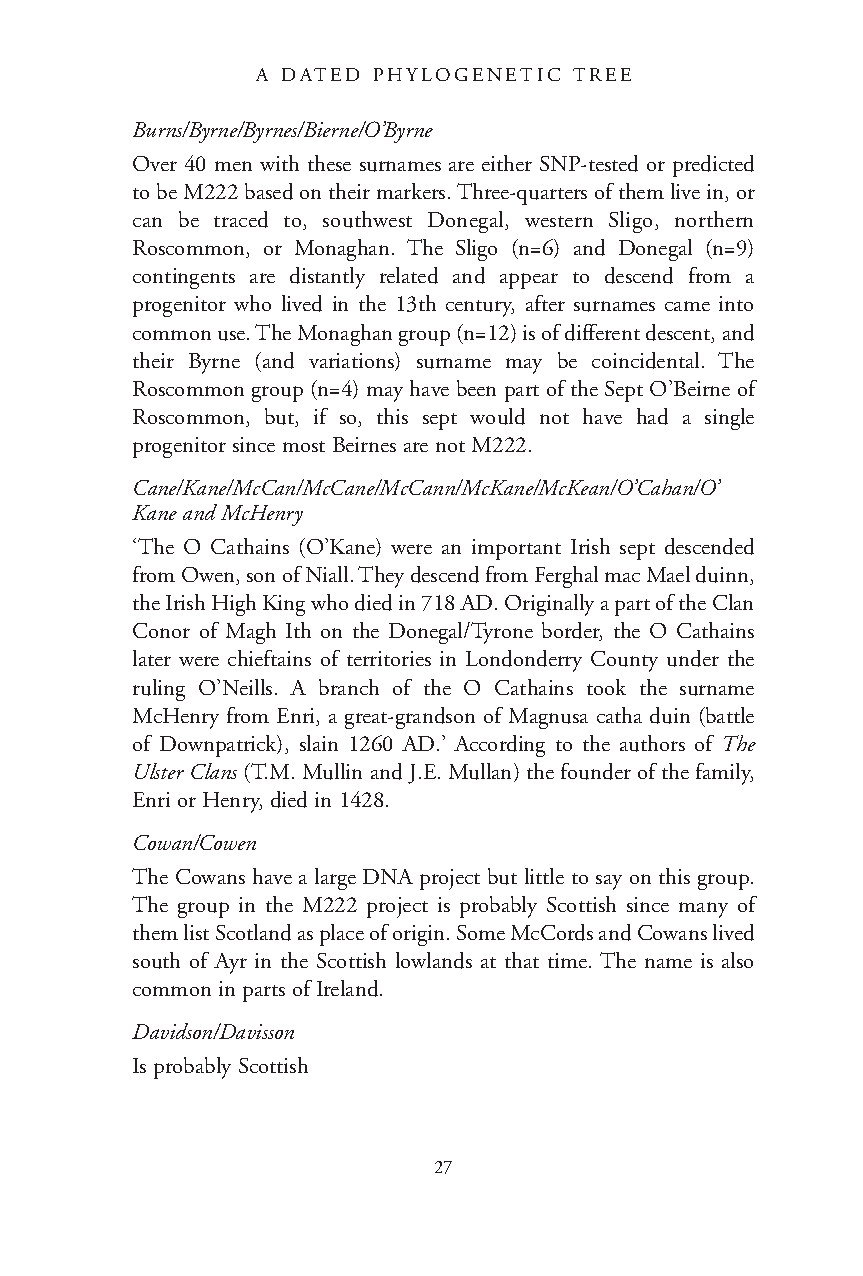
A DATED PHYLOGENETIC TREE
 Burns/Byrne/Byrnes/Bierne/O’Byrne
 Over 40 men with these surnames are either SNP-tested or predicted
 to be M222 based on their markers. Three-quarters of them live in, or
 can be traced to, southwest Donegal, western Sligo, northern
 Roscommon, or Monaghan. The Sligo (n=6) and Donegal (n=9)
 contingents are distantly related and appear to descend from a
 progenitor who lived in the 13th century, after surnames came into
 common use. The Monaghan group (n=12) is of different descent, and
 their Byrne (and variations) surname may be coincidental. The
 Roscommon group (n=4) may have been part of the Sept O’Beirne of
 Roscommon, but, if so, this sept would not have had a single
 progenitor since most Beirnes are not M222.
 Cane/Kane/McCan/McCane/McCann/McKane/McKean/O’Cahan/O’
 Kane and McHenry
 ‘The O Cathains (O’Kane) were an important Irish sept descended
 from Owen, son of Niall. They descend from Ferghal mac Mael duinn,
 the Irish High King who died in 718 AD. Originally a part of the Clan
 Conor of Magh Ith on the Donegal/Tyrone border, the O Cathains
 later were chieftains of territories in Londonderry County under the
 ruling O’Neills. A branch of the O Cathains took the surname
 McHenry from Enri, a great-grandson of Magnusa catha duin (battle
 of Downpatrick), slain 1260 AD.’ According to the authors of The
 Ulster Clans (T.M. Mullin and J.E. Mullan) the founder of the family,
 Enri or Henry, died in 1428.
 Cowan/Cowen
 The Cowans have a large DNA project but little to say on this group.
 The group in the M222 project is probably Scottish since many of
 them list Scotland as place of origin. Some McCords and Cowans lived
 south of Ayr in the Scottish lowlands at that time. The name is also
 common in parts of Ireland.
 Davidson/Davisson
 Is probably Scottish
 27